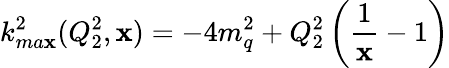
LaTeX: k_{ma\mathbf{x}}^{2}(Q_{2}^{2},\mathbf{x})=-4m_{q}^{2}+Q_{2}^{2}\left({\frac{{1}}{{\mathbf{x}}}}-1\right)